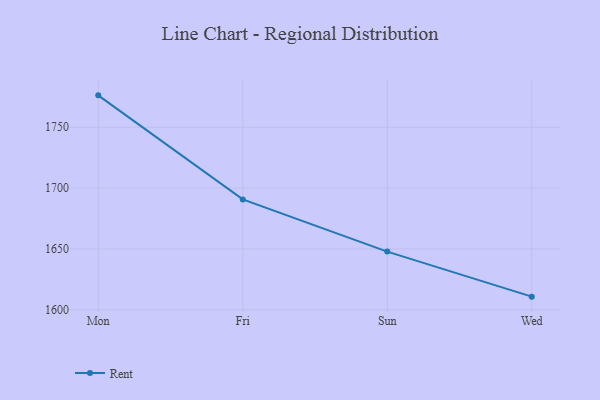
{"axis": {"x": "Day", "y": "Latency (ms)"}, "legend": ["Rent"], "data": [{"x": "Mon", "y": 1776.2, "type": "Rent"}, {"x": "Fri", "y": 1690.7, "type": "Rent"}, {"x": "Sun", "y": 1647.8, "type": "Rent"}, {"x": "Wed", "y": 1610.8, "type": "Rent"}]}